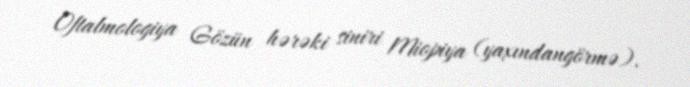
Oftalmologiya Gözün hərəki siniri Miopiya (yaxındangörmə).